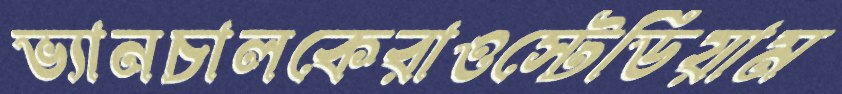
ভ্যানচালকেরাওস্টেডিয়াম